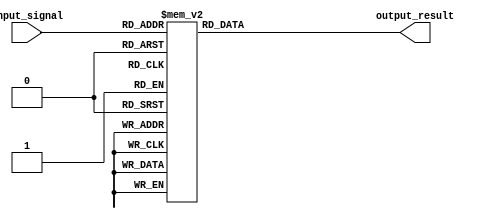
module simple_case(
    input wire [2:0] input_signal,
    output reg [3:0] output_result
);

always @(input_signal)
begin
    case(input_signal)
        3'b000: output_result <= 4'b0000;
        3'b001: output_result <= 4'b0001;
        3'b010: output_result <= 4'b0010;
        3'b011: output_result <= 4'b0011;
        3'b100: output_result <= 4'b0100;
        3'b101: output_result <= 4'b0101;
        3'b110: output_result <= 4'b0110;
        3'b111: output_result <= 4'b0111;
    endcase
end

endmodule